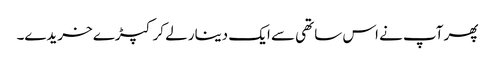
پھر آپ نے اس ساتھی سے ایک دینار لے کر کپڑے خریدے۔